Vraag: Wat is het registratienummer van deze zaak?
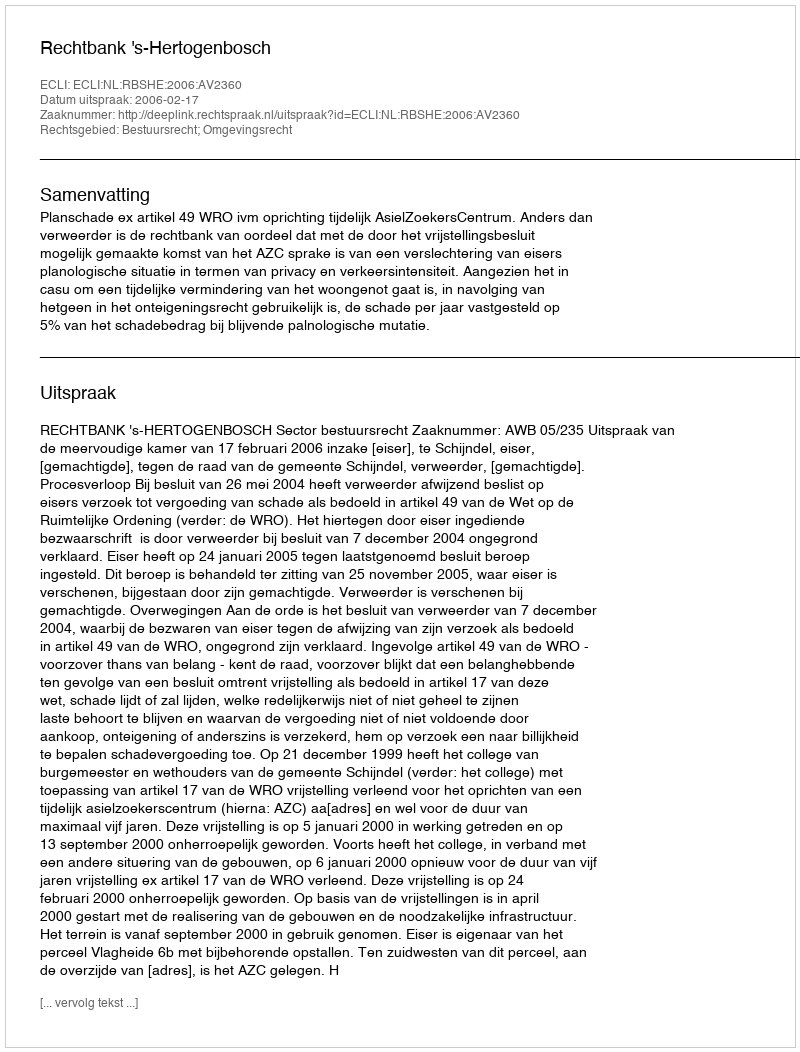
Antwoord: http://deeplink.rechtspraak.nl/uitspraak?id=ECLI:NL:RBSHE:2006:AV2360